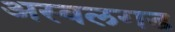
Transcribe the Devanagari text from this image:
अस्वलगड